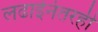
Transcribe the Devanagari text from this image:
लढाईनंतरही